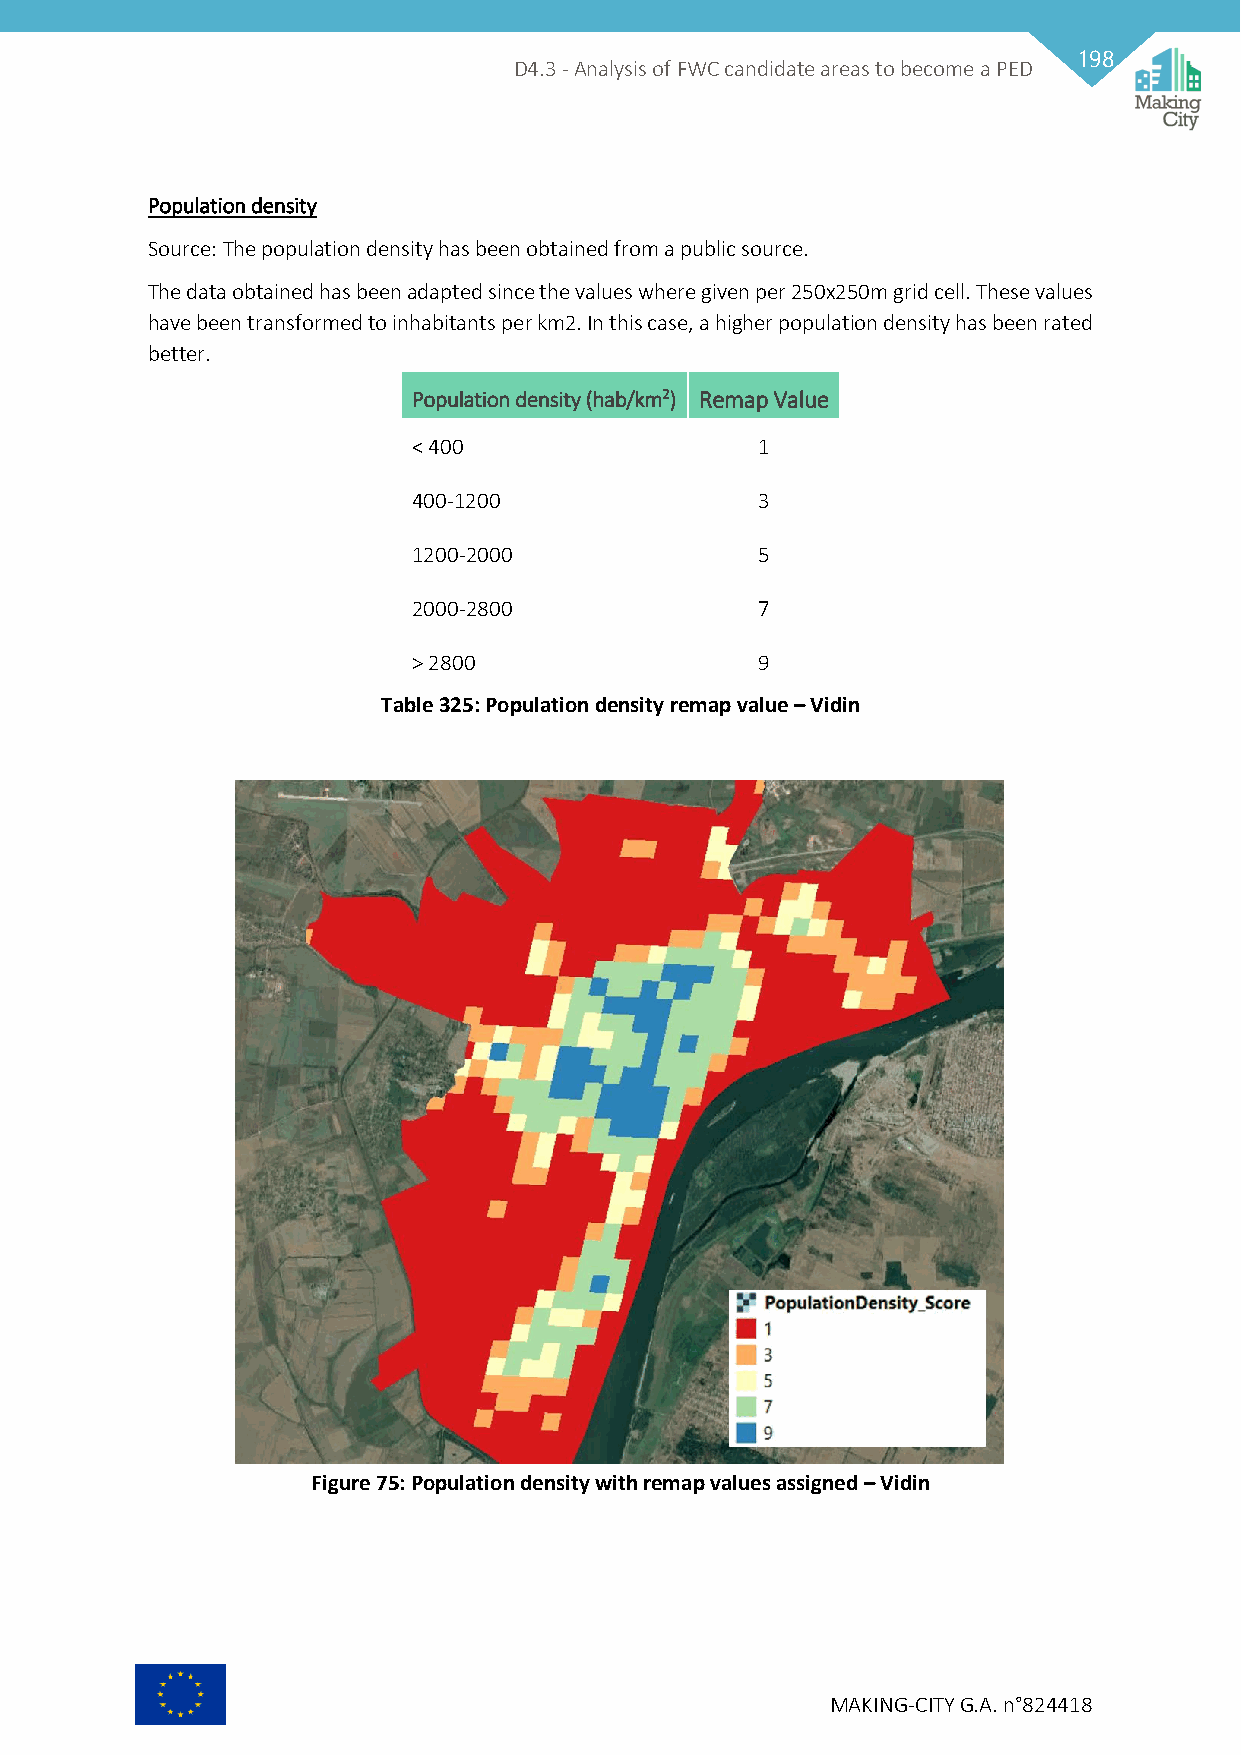
198
 D4.3 - Analysis of FWC candidate areas to become a PED
 Population density
 Source: The population density has been obtained from a public source.
 The data obtained has been adapted since the values where given per 250x250m grid cell. These values
 have been transformed to inhabitants per km2. In this case, a higher population density has been rated
 better.
 Population density (hab/km2) Remap Value
 < 400                  1
 400-1200               3
 1200-2000              5
 2000-2800              7
 > 2800                 9
 Table 325: Population density remap value – Vidin
 Figure 75: Population density with remap values assigned – Vidin
 MAKING-CITY G.A. n°824418